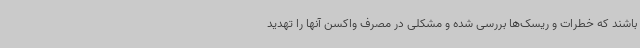
باشند که خطرات و ریسک‌ها بررسی شده و مشکلی در مصرف واکسن آنها را تهدید